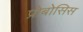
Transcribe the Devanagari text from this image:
प्रोबोसिस